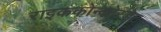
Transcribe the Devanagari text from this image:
राइककोन्कोरडेट